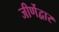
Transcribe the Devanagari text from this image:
जीर्णेद्वार